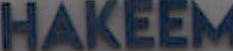
HAKEEM